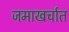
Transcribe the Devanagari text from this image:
जमाखर्चात